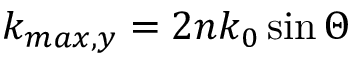
k _ { m a x , y } = 2 n k _ { 0 } \sin \Theta